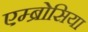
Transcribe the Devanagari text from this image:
एम्ब्रोसिया